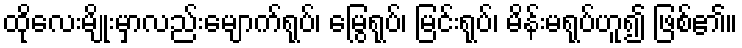
ထိုလေးမျိုးမှာလည်းမျောက်ရုပ်၊ မြွေရုပ်၊ မြင်းရုပ်၊ မိန်းမရုပ်ဟူ၍ ဖြစ်၏။